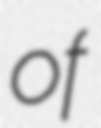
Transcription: of